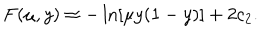
F ( \mu , y ) \approx - \ln [ \mu y ( 1 - y ) ] + 2 c _ { 2 } .